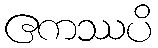
ဧကဿပိ